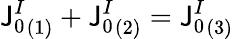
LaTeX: {\mathsf{J}_{0}^{I}}_{(1)}+{\mathsf{J}_{0}^{I}}_{(2)}={\mathsf{J}_{0}^{I}}_{(3)}